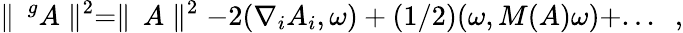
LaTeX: \parallel\, ^{g}A\parallel^{2}=\parallel\, A\parallel^{2}-2(\nabla_{i}A_{i},\omega)+(1/2)(\omega,M(A)\omega)+...\; \; ,